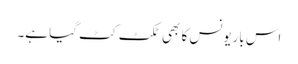
اس باریونس کا بھی ٹکٹ کٹ گیا ہے۔